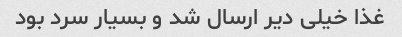
غذا خیلی دیر ارسال شد و بسیار سرد بود